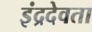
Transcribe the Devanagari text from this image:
इंद्रदेवता